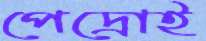
পেদ্রোই